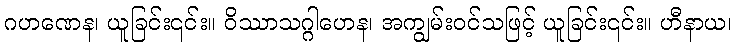
ဂဟဏေန၊ ယူခြင်း၎င်း။ ဝိဿာသဂ္ဂါဟေန၊ အကျွမ်းဝင်သဖြင့် ယူခြင်း၎င်း။ ဟီနာယ၊